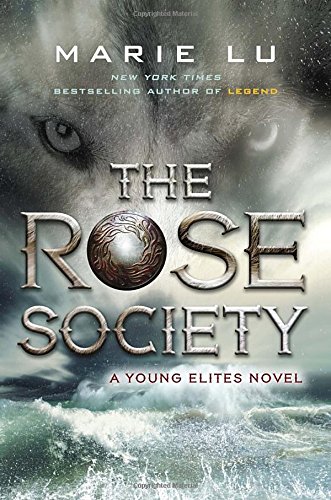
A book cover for The Rose Society (A Young Elites Novel); Marie Lu; Teen & Young Adult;